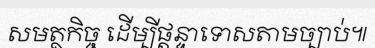
សមត្ថកិច្ច ដើម្បីផ្តន្ទាទោសតាមច្បាប់៕